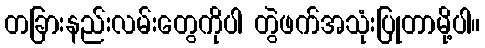
တခြားနည်းလမ်းတွေကိုပါ တွဲဖက်အသုံးပြုတာမို့ပါ။